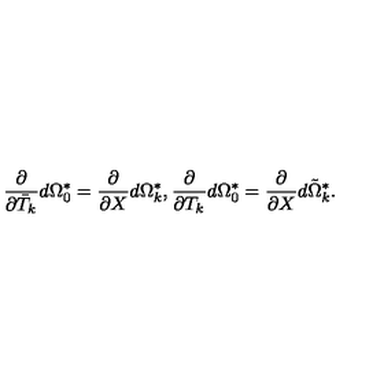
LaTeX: \frac { \partial } { \partial \bar { T } _ { k } } d \Omega _ { 0 } ^ { * } = \frac { \partial } { \partial X } d \Omega _ { k } ^ { * } , \frac { \partial } { \partial T _ { k } } d \Omega _ { 0 } ^ { * } = \frac { \partial } { \partial X } d \tilde { \Omega } _ { k } ^ { * } .